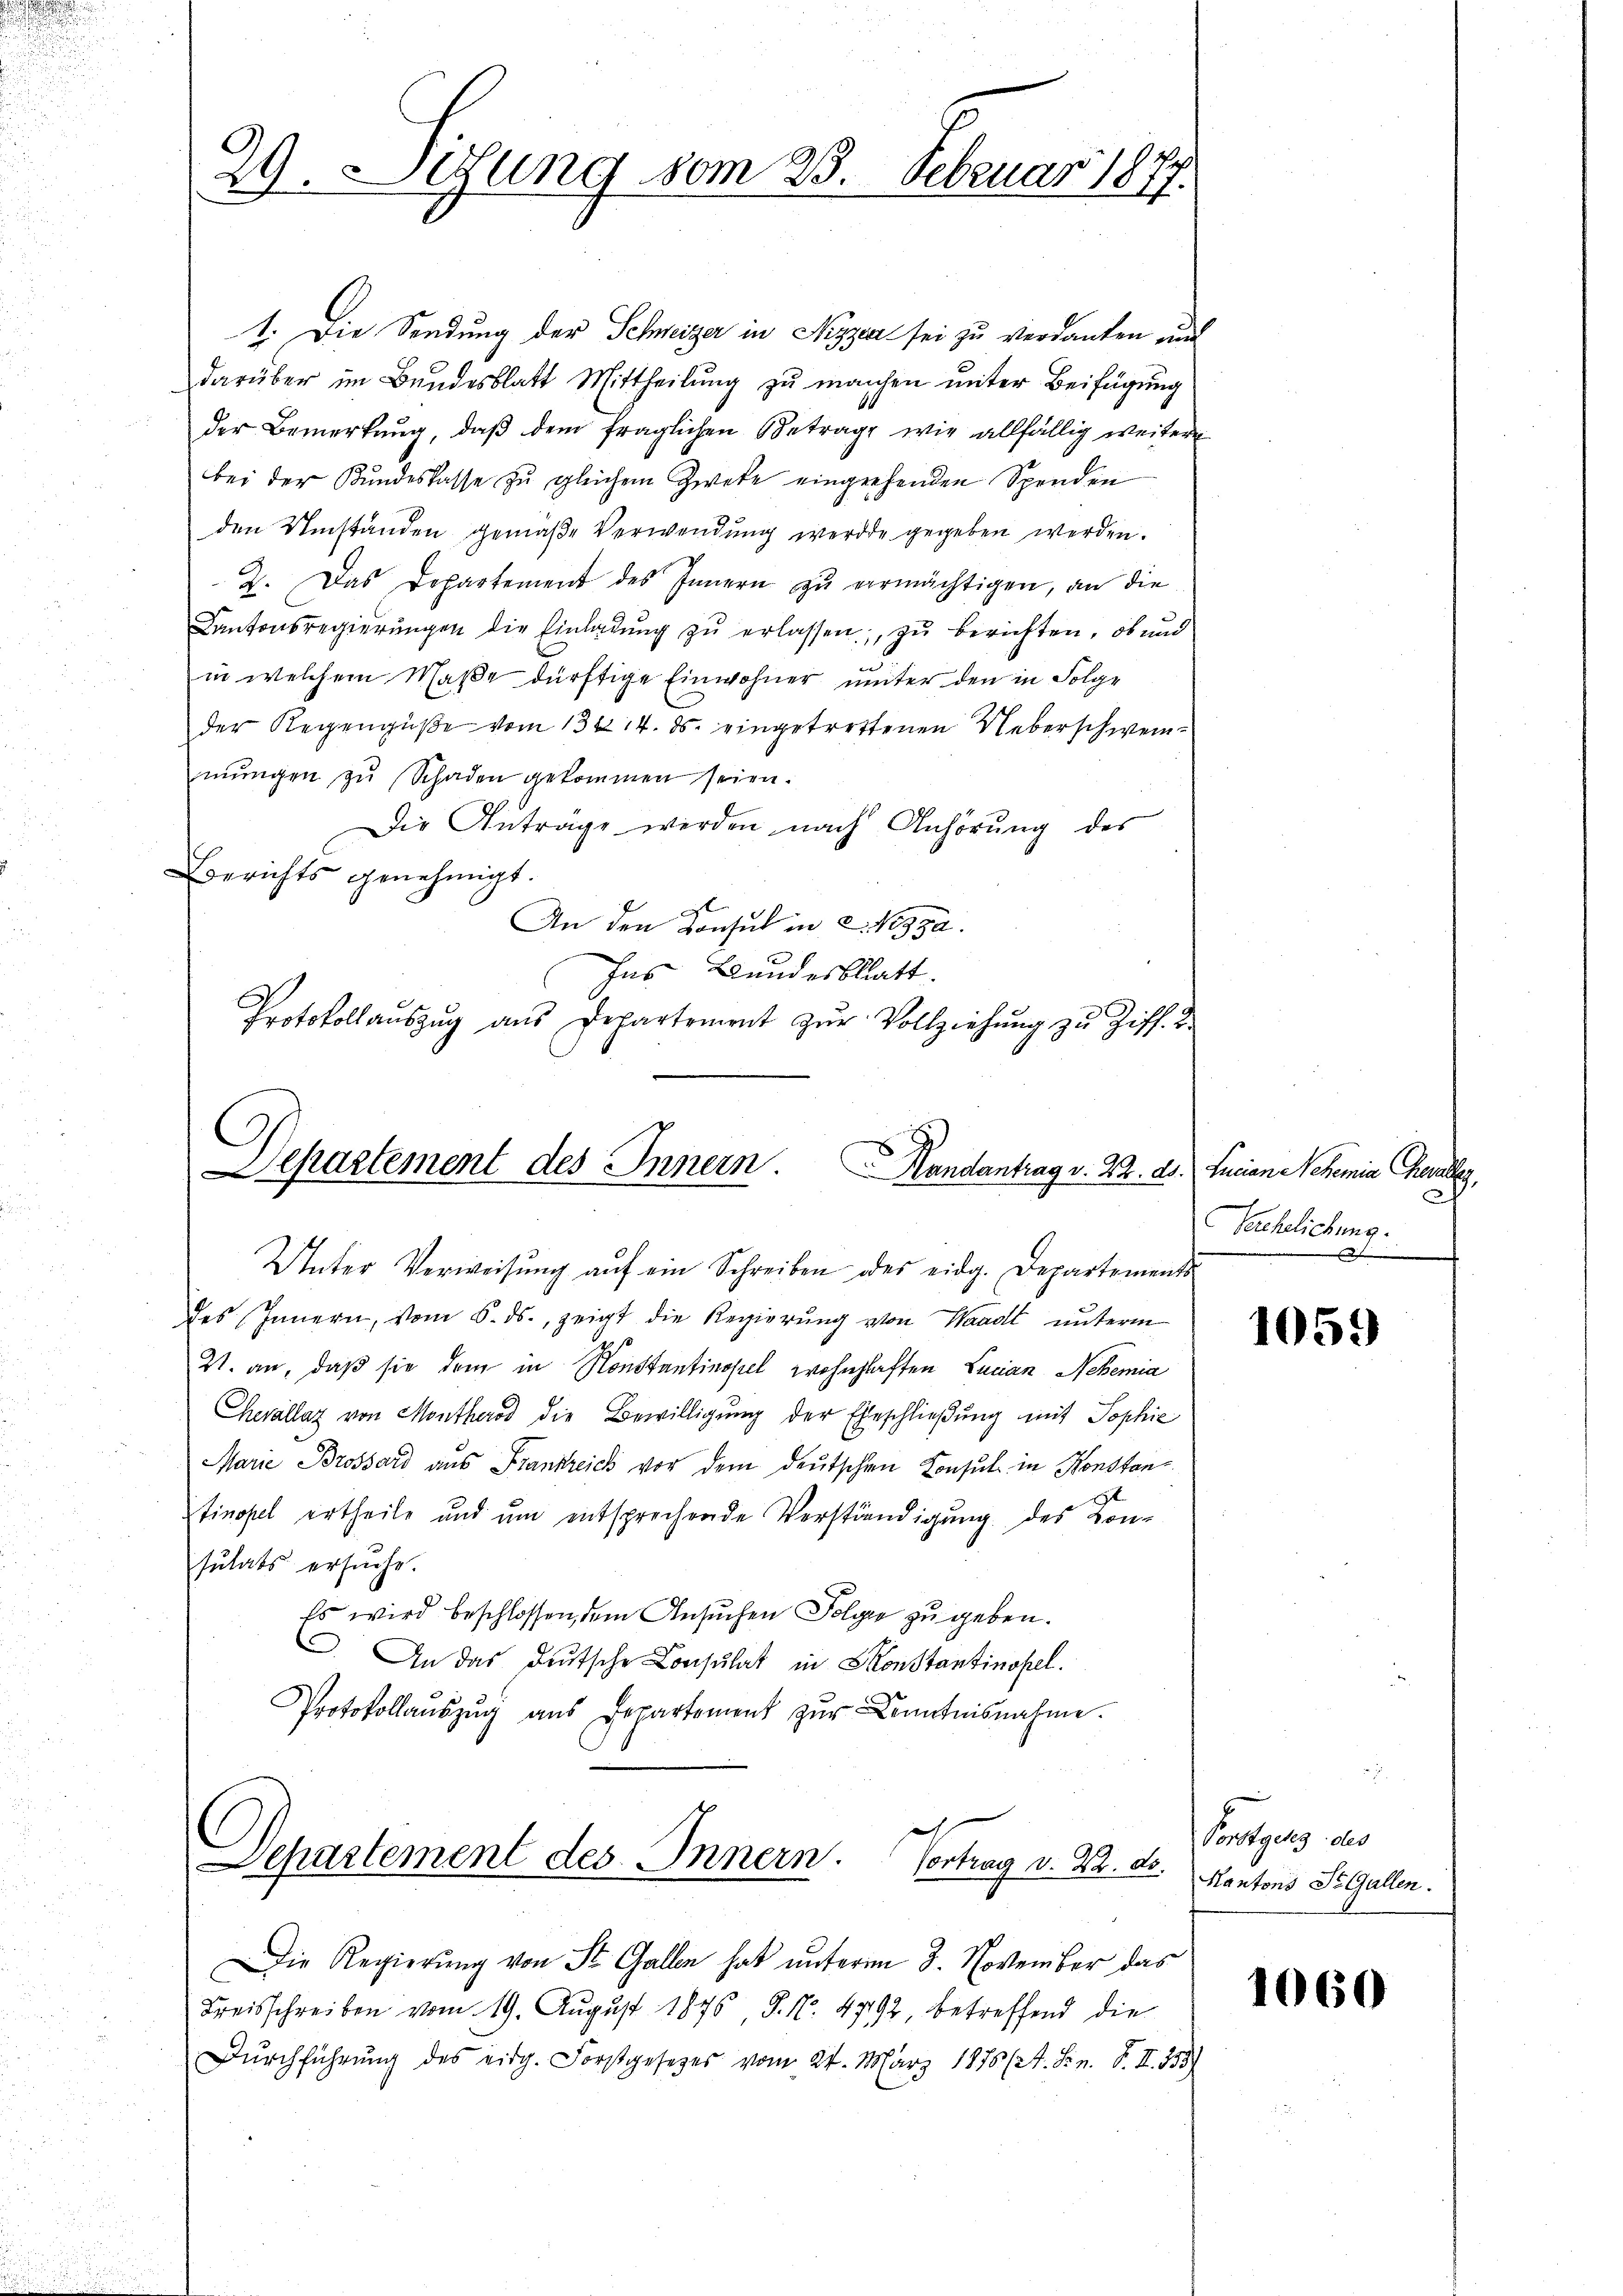
29. Setzung vom 23. Februar 1877.

1. Die Sendung der Schweizer in Nizzen sei zu verdanken und
darüber im Bundesblatt Mittheilung zu machen unter Beifügung
der Bemerkŭng, daβ dem fraglichen Betrage wie allfällig weitere
bei der Kundeskasse zu gleichem Zweke eingehenden Spenden
den Umständen gemäße Verwendung werde gegeben werden.
2. Das Departement des Innern zŭ vermächtigen, an die
Kantonsregierŭngen die Einladŭng zŭ erlassen, zu berichten, ob und
in welchem Maße dürftige Einwohner unter den in Folge
der Regengüße vom 13t 14. ds. eingetrettenen Ueberschweimŭngen zŭ Schaden gekommen seien.
Die Anträge werden nach Anhörung des
Berichts genehmigt.
An den Konsul in 2. 1932.
has Bundesblatt.
Protokollaŭszŭg aŭs Departement zŭr Vollziehŭng zŭ Ziff. 2.

Separtement des Innern. Handantrag v. 22. ds. Lucian Nehemia Gewalles,
Unter Verweisŭng aŭf ein Schreiben des eidg. Departements

des Innern, vom 6. ds., zeigt die Regierung von Waadt unterm
21. an, daß sie dem in Konstantinopel wohnhaften Lucian Schemia
Chevallaz von Monthero die Bewilligung der Eheschließung mit Sophie
Marie Brossard aus Frankreich vor dem deutschen Consul in Konstan
tinopel ertheile und um entsprechende Verständigung des Konsutats ersuche.
Es wird beschlossen, dem Ansuchen Folger zu geben.
. An das Deutsche Consulat in Sonstantinopel.
Protokollaŭszŭg aŭs Departement zŭr Kenntnisnahme.

epürtement des Innern. Vortrag v. Kr. a.

Die Regierung von St. Gallen hat unterm 3. November das
Kreisschreiben vom 19. August 1876 S. Nr. 4792 betreffend die
Dŭrchführŭng des eidg. Forstgesetzes vom 24. März 1875 (A. Sin. F. II. 153)

Verehelichung.
s

1059

1
Vorstgenz des
Kantons St. Gallen.

1060